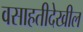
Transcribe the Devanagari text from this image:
वसाहतीदेखील